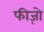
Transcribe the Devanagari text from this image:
फीज़ो